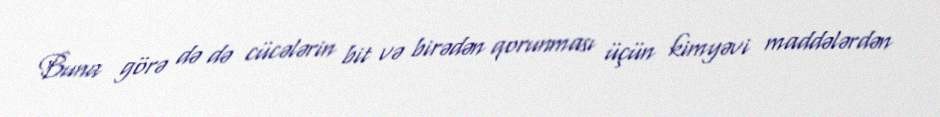
Buna görə də də cücələrin bit və birədən qorunması üçün kimyəvi maddələrdən